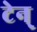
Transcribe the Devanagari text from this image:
टेन्